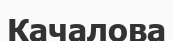
Качалова